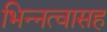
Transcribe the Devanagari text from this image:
भिन्नत्वासह